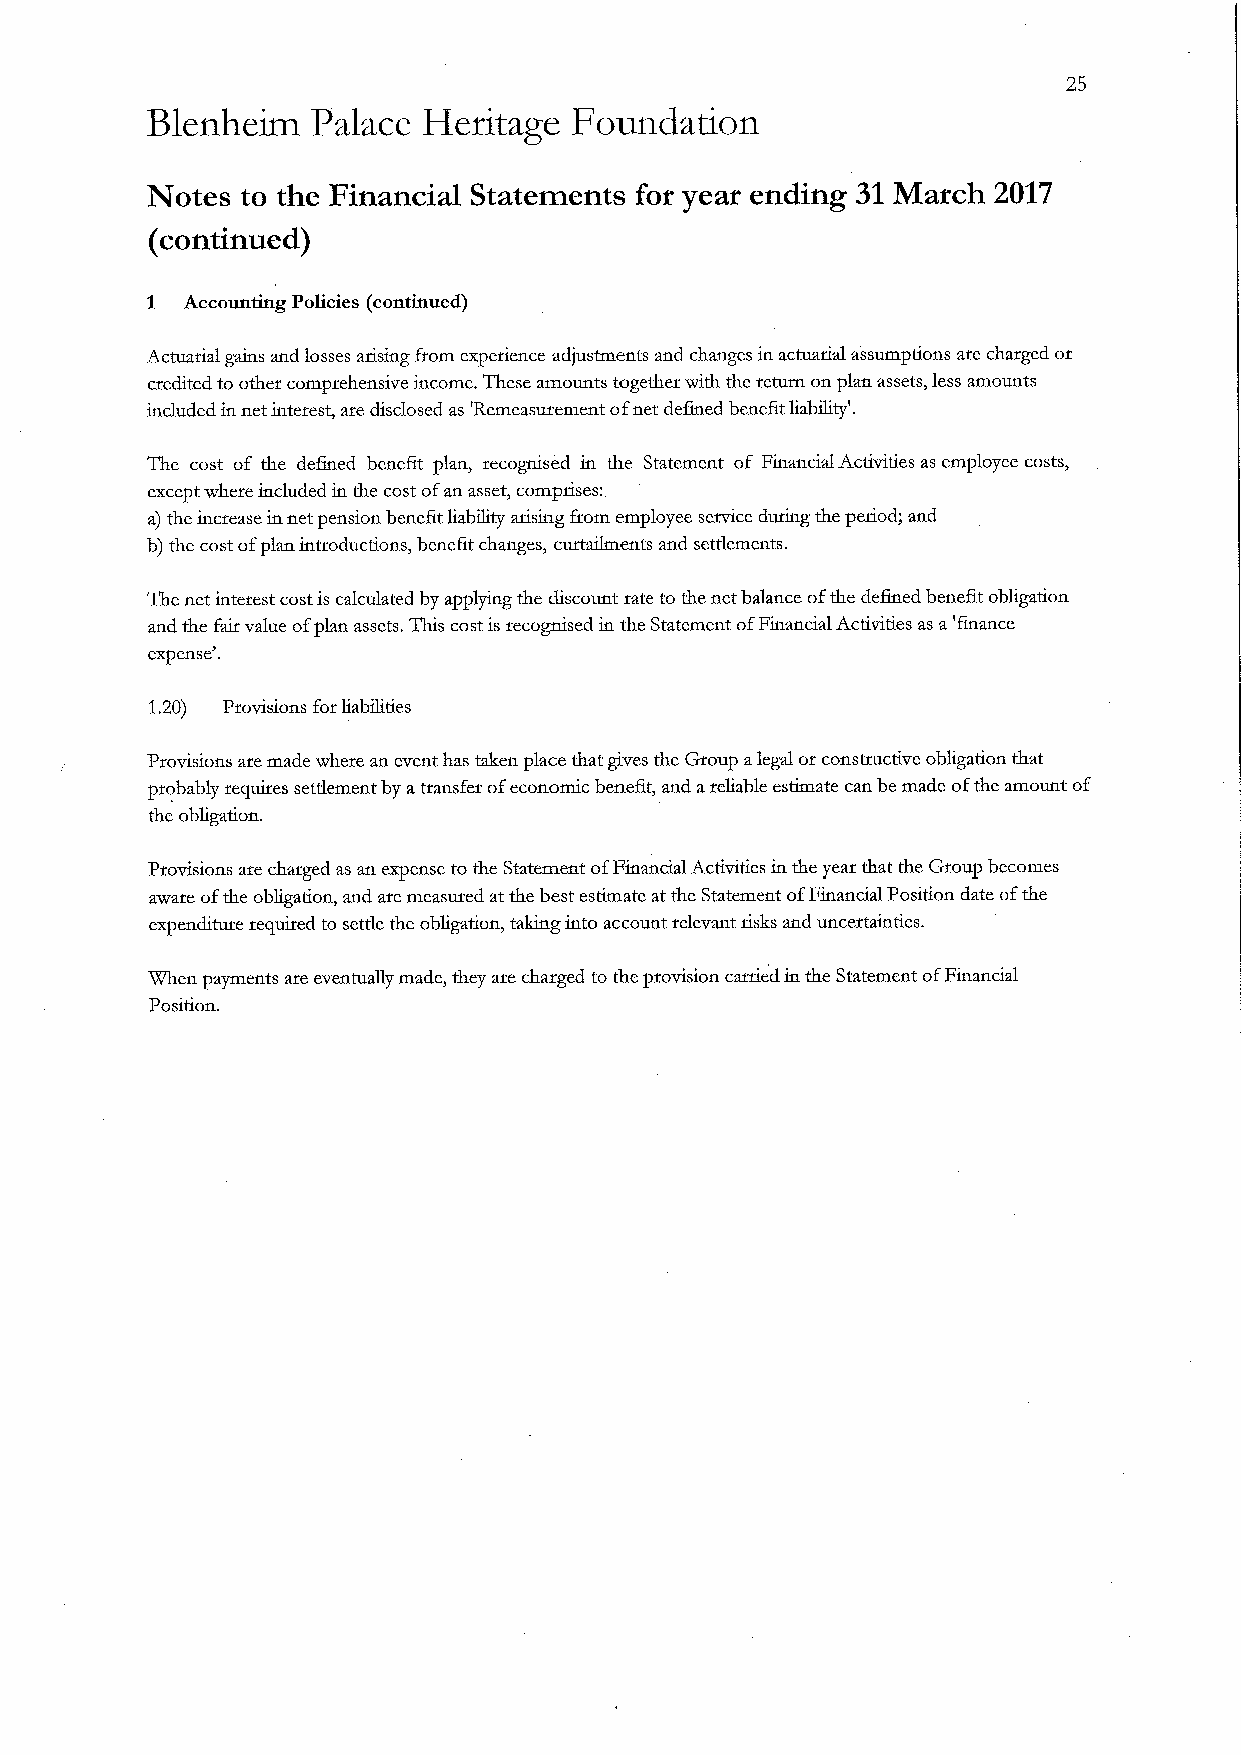
Blenheim   Palace Heritage  Foundation
 Notes to the Financial Statements for year ending 31March 2017
 (continued)
 1 Accounting Policies (continued)
 Actuarial gains and losses arising from experience adjustments and changes in actuarial assumptions are charged or
 credited to other comprehensive income. These amounts together with the return on plan assets, less amounts
 included in net interest, are disclosed as 'Remeasurement ofnet defined bene6t liability'.
 The cost of the de6ned bene6t plan, recognised in the Statement of FinancialActivities as employee costs,
 except where included in the cost ofan asset, comprises:
 a) the increase in net pension bene6t liability arising from employee service during the period; and
 b) the cost ofplan introductions, bene6t changes, cuitailments and settlements.
 The net interest costis calculated by applying the discount rate to the net balance ofthe de6ned bene6t obligation
 and the fair value ofplan assets. This costis recognised in the Statement ofFinancial Activities as a'finance
 expense'.
 1.20) Provisions for liabilities
 Provisions are made where an event has taken place that gives the Group alegal or constructive obligation that
 probably requires settlement by atransfer ofeconomic bene6t, and areliable estimate can be made ofthe amount of
 the obligation.
 Provisions are charged as an expense to the Statement ofFinancial Activities in the year that the Group becomes
 aware ofthe obligation, and are measured at the best estimate at the Statement ofFinancial Position date ofthe
 expenditure required to settle the obligation, taking into account relevant risks and uncertainties.
 When payments are eventually made, they are charged tothe provision carried in the Statement ofFinancial
 Position.